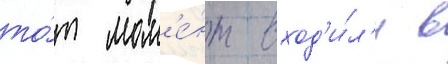
то́т мом'е́нт вход'и́л'и в